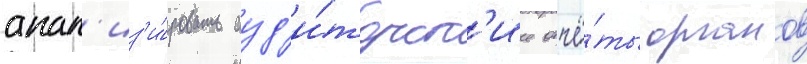
анал'из'и́ровать ауд'и́торск'ие отчё́ты органов